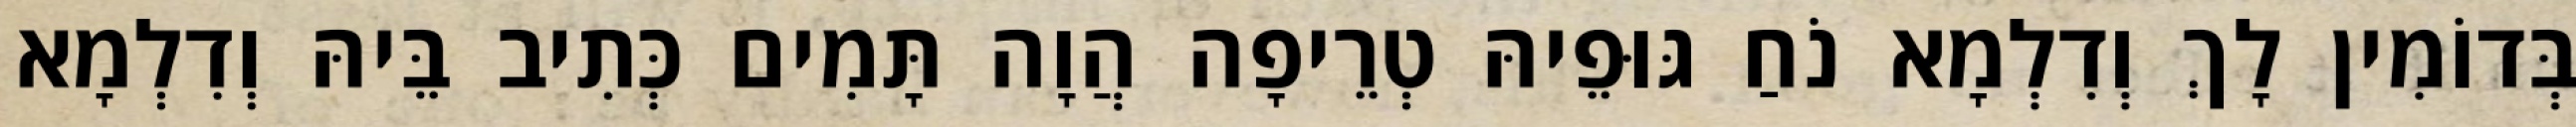
בְּדוֹמִין לָךְ וְדִלְמָא נֹחַ גּוּפֵיהּ טְרֵיפָה הֲוָה תָּמִים כְּתִיב בֵּיהּ וְדִלְמָא